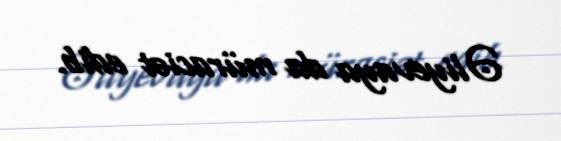
Əliyevaya da müraciət edib.